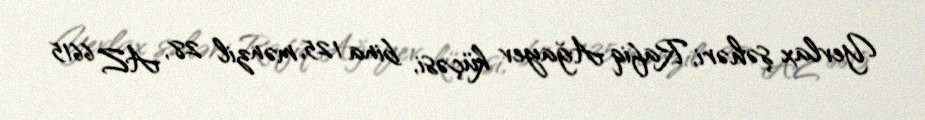
Yevlax şəhəri, Rafiq Ağayev küçəsi, bina 125, mənzil 28, AZ 6615